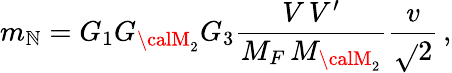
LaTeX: m_{\mathbb{N}}=G_{1}G_{{\calM}_{2}}G_{3}\frac{{V\, V^{\prime}}}{{M_{F}\, M_{{\calM}_{2}}}}\frac{{v}}{{\sqrt{}{{2}}}}\, ,